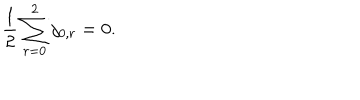
LaTeX: { \frac { 1 } { 2 } } \sum _ { r = 0 } ^ { 2 } j _ { 0 , r } = 0 .